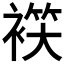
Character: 𧛒